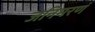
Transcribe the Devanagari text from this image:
जनिमरणं